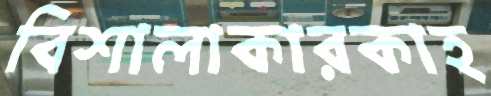
বিশালাকারকাহ